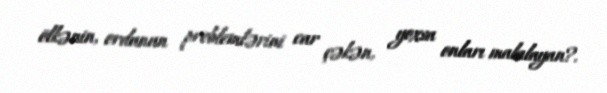
ölkənin, ordunun problemlərini car çəkən, yoxsa onları malalayan?.